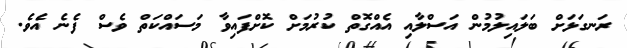
ރަނގަޅަށް ބަލައިލުމުން އަސްލާއި އެއްގޮތް ކުރުމަށް ކޮށްފައިވާ މަސައްކަތް ވެސް ފެނެ އެވެ.